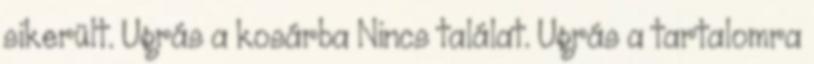
sikerült. Ugrás a kosárba Nincs találat. Ugrás a tartalomra